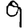
Digit: 9